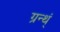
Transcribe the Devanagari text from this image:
ग्रन्थ्ं